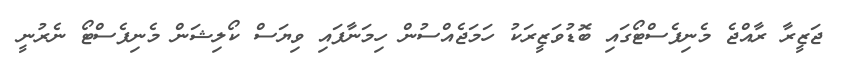
ޖަޒީރާ ރާއްޖެ މެނިފެސްޓޯގައި ބޮޑުވަޒީރަކު ހަމަޖެއްސުން ހިމަނާފައި ވިޔަސް ކޯލިޝަން މެނިފެސްޓޯ ނެރުނީ